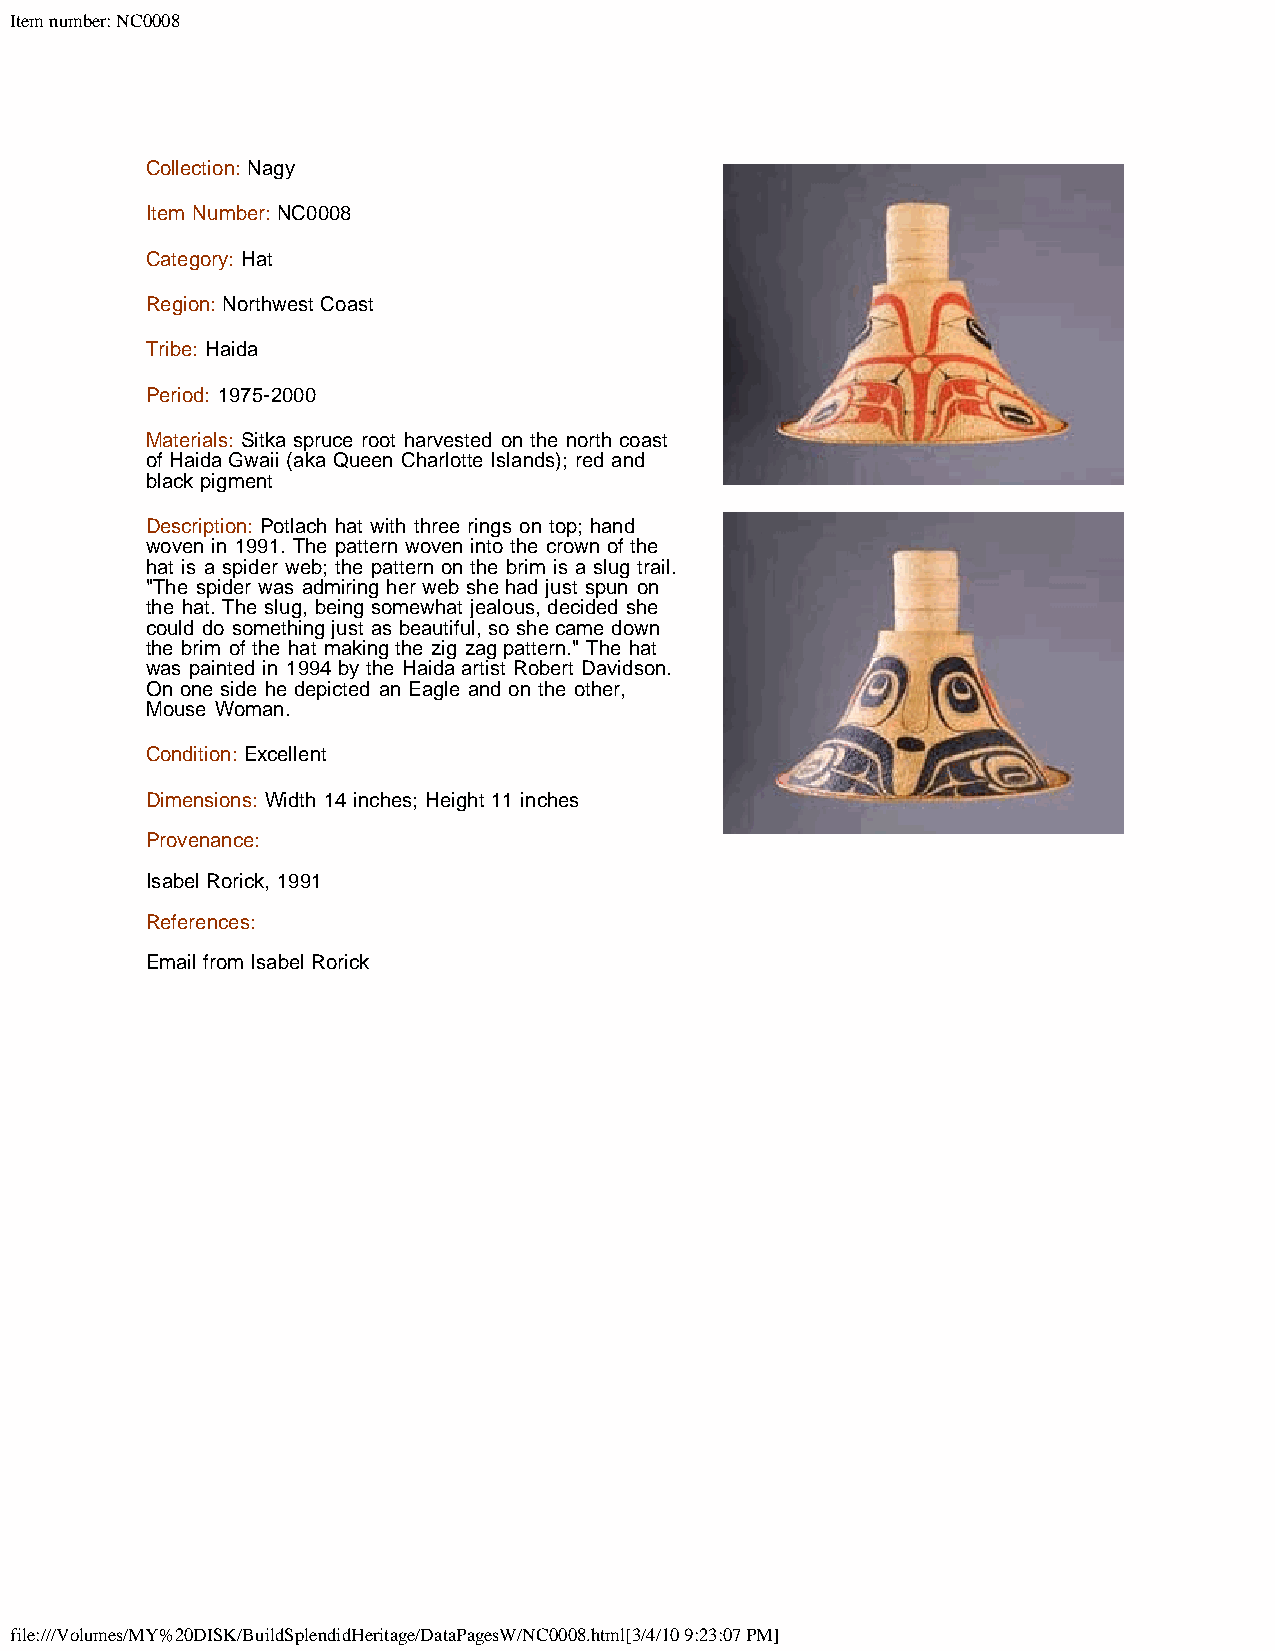
Item number: NC0008
 Collection: Nagy
 Item Number: NC0008
 Category: Hat
 Region: Northwest Coast
 Tribe: Haida
 Period: 1975-2000
 Materials: Sitka spruce root harvested on the north coast
 of Haida Gwaii (aka Queen Charlotte Islands); red and
 black pigment
 Description: Potlach hat with three rings on top; hand
 woven in 1991. The pattern woven into the crown of the
 hat is a spider web; the pattern on the brim is a slug trail.
 "The spider was admiring her web she had just spun on
 the hat. The slug, being somewhat jealous, decided she
 could do something just as beautiful, so she came down
 the brim of the hat making the zig zag pattern." The hat
 was painted in 1994 by the Haida artist Robert Davidson.
 On one side he depicted an Eagle and on the other,
 Mouse Woman.
 Condition: Excellent
 Dimensions: Width 14 inches; Height 11 inches
 Provenance:
 Isabel Rorick, 1991
 References:
 Email from Isabel Rorick
 file:///Volumes/MY%20DISK/BuildSplendidHeritage/DataPagesW/NC0008.html[3/4/10 9:23:07 PM]